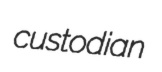
custodian